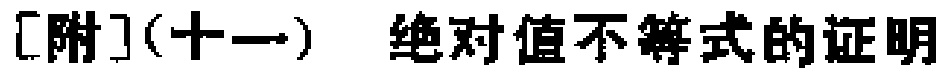
[附](十一) 绝对值不等式的证明